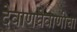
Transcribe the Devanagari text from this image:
देवाणघेवाणीचा